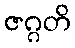
ဇဂ္ဂတိ